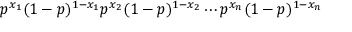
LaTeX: p ^ { x _ { 1 } } ( 1 - p ) ^ { 1 - x _ { 1 } } p ^ { x _ { 2 } } ( 1 - p ) ^ { 1 - x _ { 2 } } \cdots p ^ { x _ { n } } ( 1 - p ) ^ { 1 - x _ { n } }